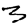
Digit: 3